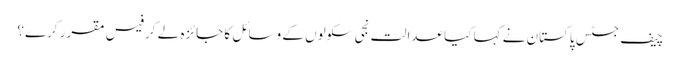
چیف جسٹس پاکستان نے کہا کیا عدالت نجی سکولوں کے وسائل کا جائزہ لے کر فیس مقرر کرے؟